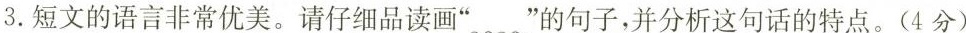
3.短文的语言非常优美。请仔细品读画”﹏”的句子，并分析这句话的特点。(4分)